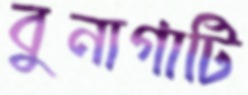
বুনাগাটি